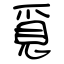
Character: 覓